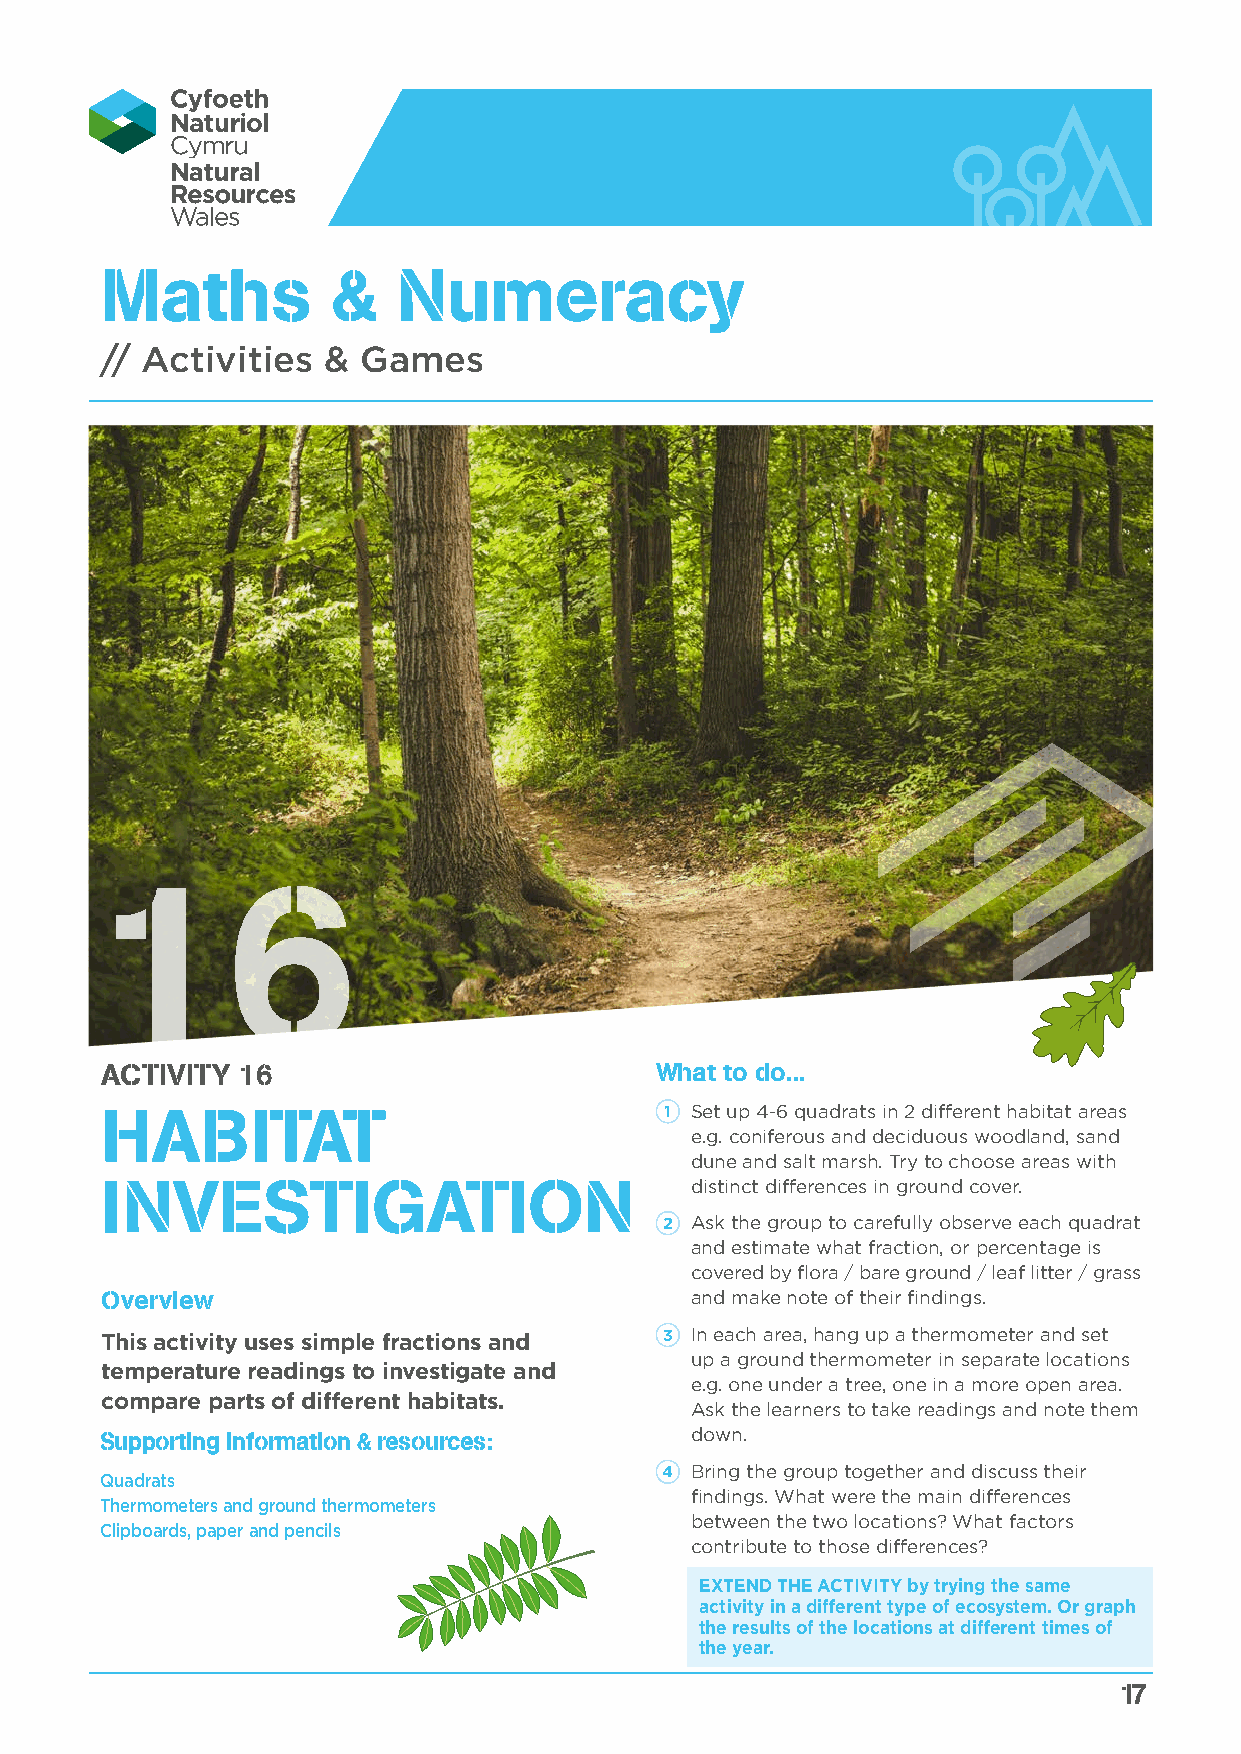
Maths          &   Numeracy
 // Activities &  Games
 16
 ACTIVITY 16                         What to do...
 HABITAT                              1 Set up 4-6 quadrats in 2 different habitat areas
 e.g. coniferous and deciduous woodland, sand
 dune and salt marsh. Try to choose areas with
 INVESTIGATION                          distinct differences in ground cover.
 2 Ask the group to carefully observe each quadrat
 and estimate what fraction, or percentage is
 covered by flora / bare ground / leaf litter / grass
 Overview                               and make note of their findings.
 This activity uses simple fractions and 3 In each area, hang up a thermometer and set
 up a ground thermometer in separate locations
 temperature readings to investigate and
 e.g. one under a tree, one in a more open area.
 compare parts of different habitats.
 Ask the learners to take readings and note them
 Supporting information & resources:    down.
 4 Bring the group together and discuss their
 Quadrats
 findings. What were the main differences
 Thermometers and ground thermometers
 between the two locations? What factors
 Clipboards, paper and pencils
 contribute to those differences?
 EXTEND THE ACTIVITY by trying the same
 activity in a different type of ecosystem. Or graph
 the results of the locations at different times of
 the year.
 17